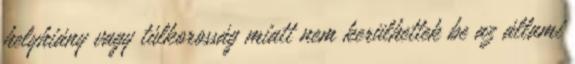
helyhiány vagy túlkorosság miatt nem kerülhettek be az állami